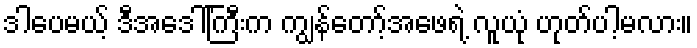
ဒါပေမယ့် ဒီအဒေါ်ကြီးက ကျွန်တော့်အဖေရဲ့ လူယုံ ဟုတ်ပါ့မလား။